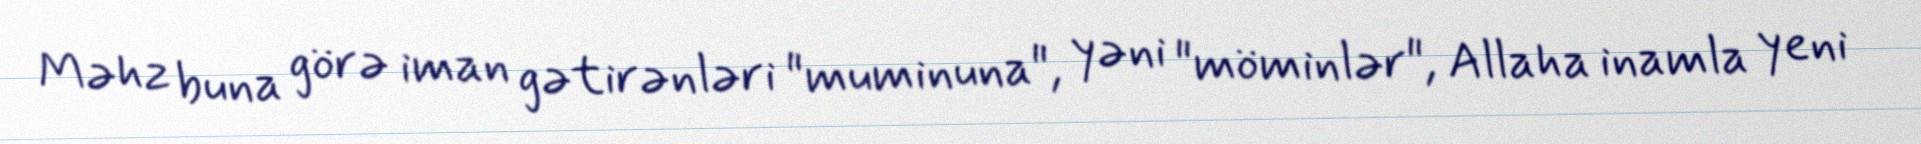
Məhz buna görə iman gətirənləri "muminuna", yəni "möminlər", Allaha inamla yeni